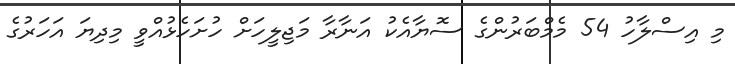
މި އިސްލާހު 54 މެމްބަރުންގެ ސޮޔާއެކު އަނާރާ މަޖިލީހަށް ހުށަހެޅުއްވީ މިދިޔަ އަހަރުގެ